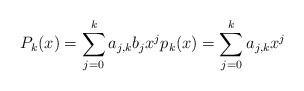
LaTeX: \begin{align*} P_k(x) = \sum_{j=0}^k a_{j,k} b_j x^j p_k(x) = \sum_{j=0}^k a_{j,k} x^j \end{align*}